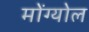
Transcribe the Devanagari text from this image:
मोंग्योल